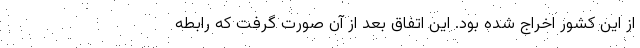
از این کشور اخراج شده بود. این اتفاق بعد از آن صورت گرفت که رابطه